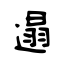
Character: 遢